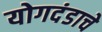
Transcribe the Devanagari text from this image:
योगदंडाचे